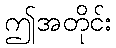
ဤအတိုင်း